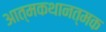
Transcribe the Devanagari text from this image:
आत्मकथानत्मक